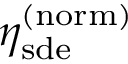
\eta _ { \mathrm { s d e } } ^ { \mathrm { ( n o r m ) } }